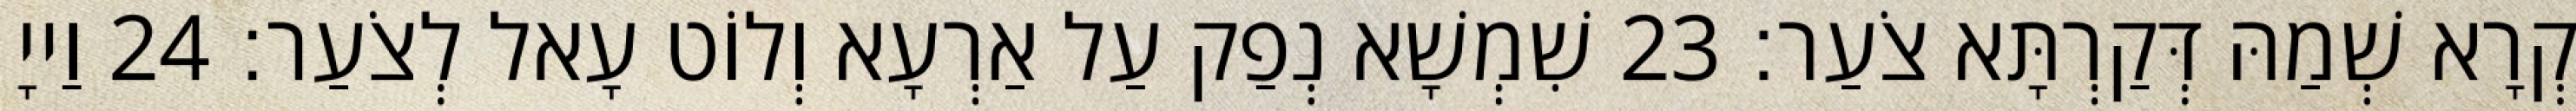
קְרָא שְׁמַהּ דְּקַרְתָּא צֹעַר׃ 23 שִׁמְשָׁא נְפַק עַל אַרְעָא וְלוֹט עָאל לְצֹעַר׃ 24 וַייָ